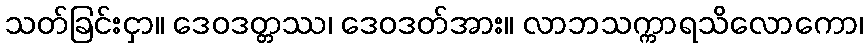
သတ်ခြင်းငှာ။ ဒေဝဒတ္တဿ၊ ဒေဝဒတ်အား။ လာဘသက္ကာရသိလောကော၊